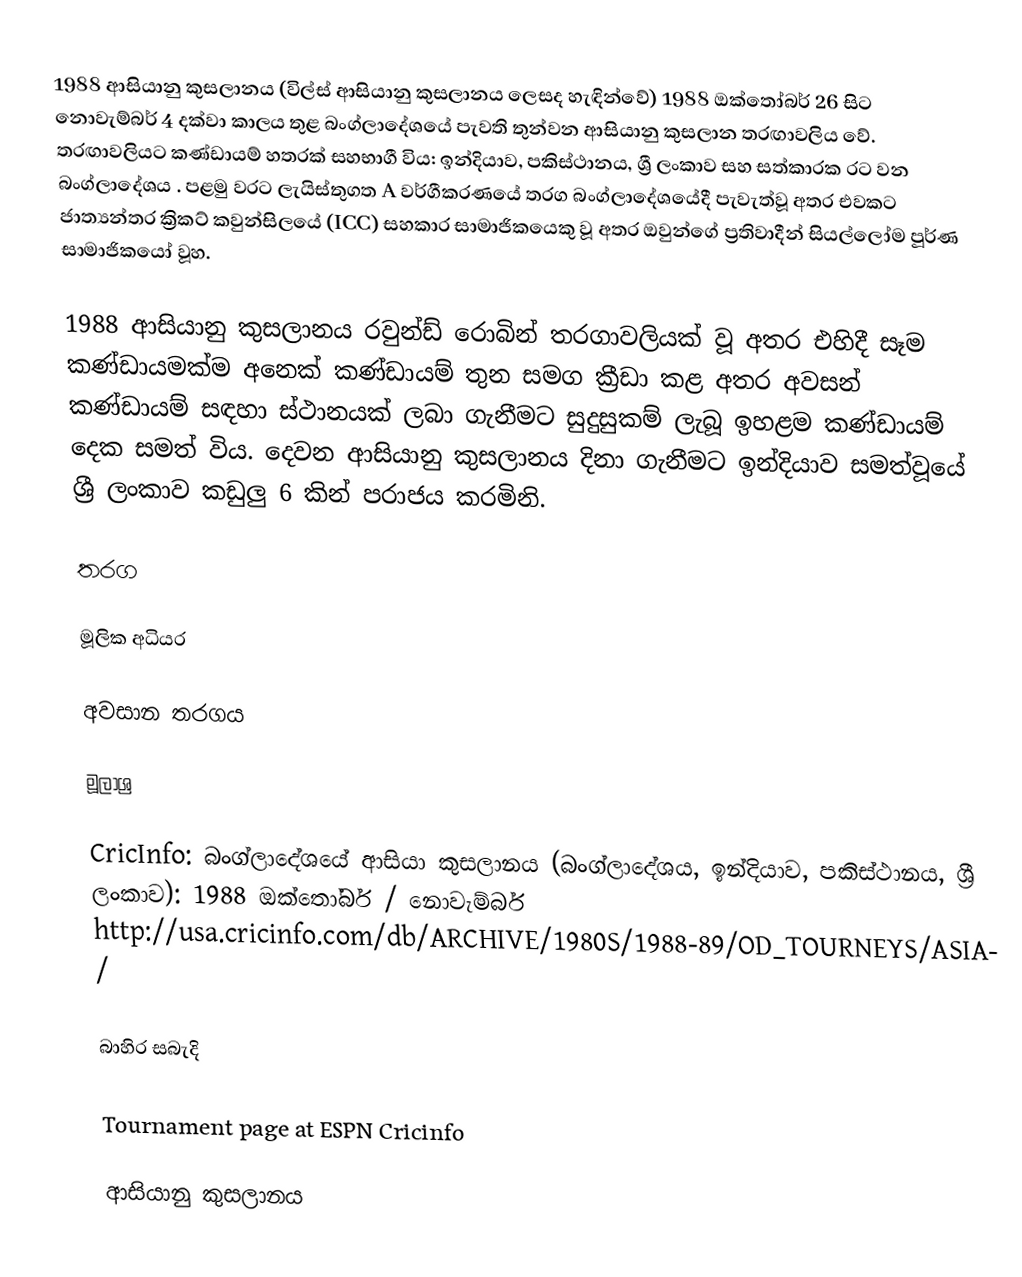
1988 ආසියානු කුසලානය (විල්ස් ආසියානු කුසලානය ලෙසද හැඳින්වේ) 1988 ඔක්තෝබර් 26 සිට නොවැම්බර් 4 දක්වා කාලය තුළ බංග්ලාදේශයේ පැවති තුන්වන ආසියානු කුසලාන තරඟාවලිය වේ. තරඟාවලියට කණ්ඩායම් හතරක් සහභාගී විය: ඉන්දියාව, පකිස්ථානය, ශ්‍රී ලංකාව සහ සත්කාරක රට වන බංග්ලාදේශය . පළමු වරට ලැයිස්තුගත A වර්ගීකරණයේ තරග බංග්ලාදේශයේදී පැවැත්වූ අතර එවකට ජාත්‍යන්තර ක්‍රිකට් කවුන්සිලයේ (ICC) සහකාර සාමාජිකයෙකු වූ අතර ඔවුන්ගේ ප්‍රතිවාදීන් සියල්ලෝම පූර්ණ සාමාජිකයෝ වූහ.

1988 ආසියානු කුසලානය රවුන්ඩ් රොබින් තරගාවලියක් වූ අතර එහිදී සෑම කණ්ඩායමක්ම අනෙක් කණ්ඩායම් තුන සමග ක්‍රීඩා කළ අතර අවසන් කණ්ඩායම් සඳහා ස්ථානයක් ලබා ගැනීමට සුදුසුකම් ලැබූ ඉහළම කණ්ඩායම් දෙක සමත් විය. දෙවන ආසියානු කුසලානය දිනා ගැනීමට ඉන්දියාව සමත්වූයේ ශ්‍රී ලංකාව කඩුලු 6 කින් පරාජය කරමිනි.

තරග

මූලික අධියර

අවසාන තරගය

මූලාශ්‍ර

 CricInfo: බංග්ලාදේශයේ ආසියා කුසලානය (බංග්ලාදේශය, ඉන්දියාව, පකිස්ථානය, ශ්‍රී ලංකාව): 1988 ඔක්තෝබර් / නොවැම්බර් http://usa.cricinfo.com/db/ARCHIVE/1980S/1988-89/OD_TOURNEYS/ASIA/

බාහිර සබැදි

 Tournament page at ESPN Cricinfo

ආසියානු කුසලානය